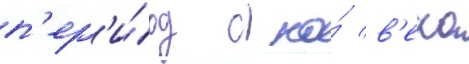
п'ер'и́од с по́ в'ека